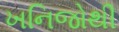
ખનિજોથી